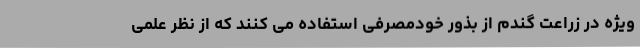
ویژه در زراعت گندم از بذور خودمصرفی استفاده می کنند که از نظر علمی